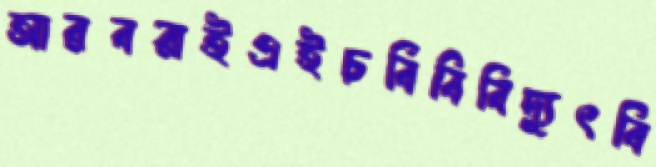
আরবরাইএইচবিবিবিদ্যুৎবি